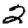
Digit: 2